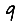
Digit: 9